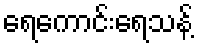
ရေကောင်းရေသန့်